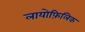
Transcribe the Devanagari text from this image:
लायोफ़िलिक